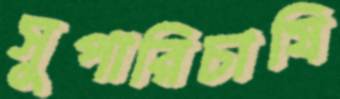
সুপারিচাষি